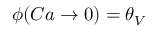
\phi ( C a \to 0 ) = \theta _ { V }